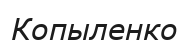
Копыленко